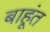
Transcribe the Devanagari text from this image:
बाहूंत